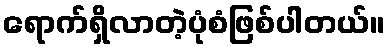
ရောက်ရှိလာတဲ့ပုံစံဖြစ်ပါတယ်။